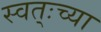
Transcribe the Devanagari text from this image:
स्वत्ःच्या